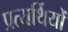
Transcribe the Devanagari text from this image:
प्रत्यर्थियों